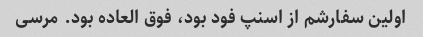
اولین سفارشم از اسنپ فود بود، فوق العاده بود. مرسی